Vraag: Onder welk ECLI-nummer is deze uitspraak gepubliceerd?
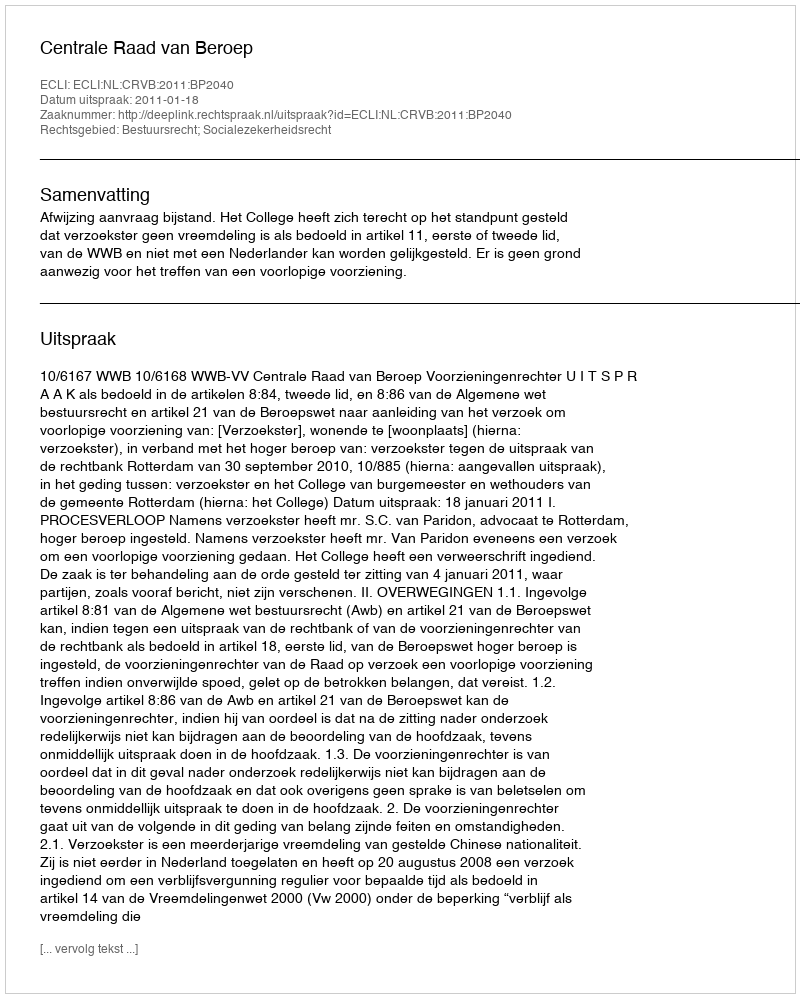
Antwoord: ECLI:NL:CRVB:2011:BP2040